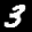
Label: 3